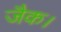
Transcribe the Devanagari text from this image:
जैक।